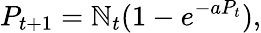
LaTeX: P_{t+1}=\mathbb{N}_{t}(1-e^{-aP_{t}}),